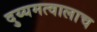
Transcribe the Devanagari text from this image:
दुय्यमत्वालाच